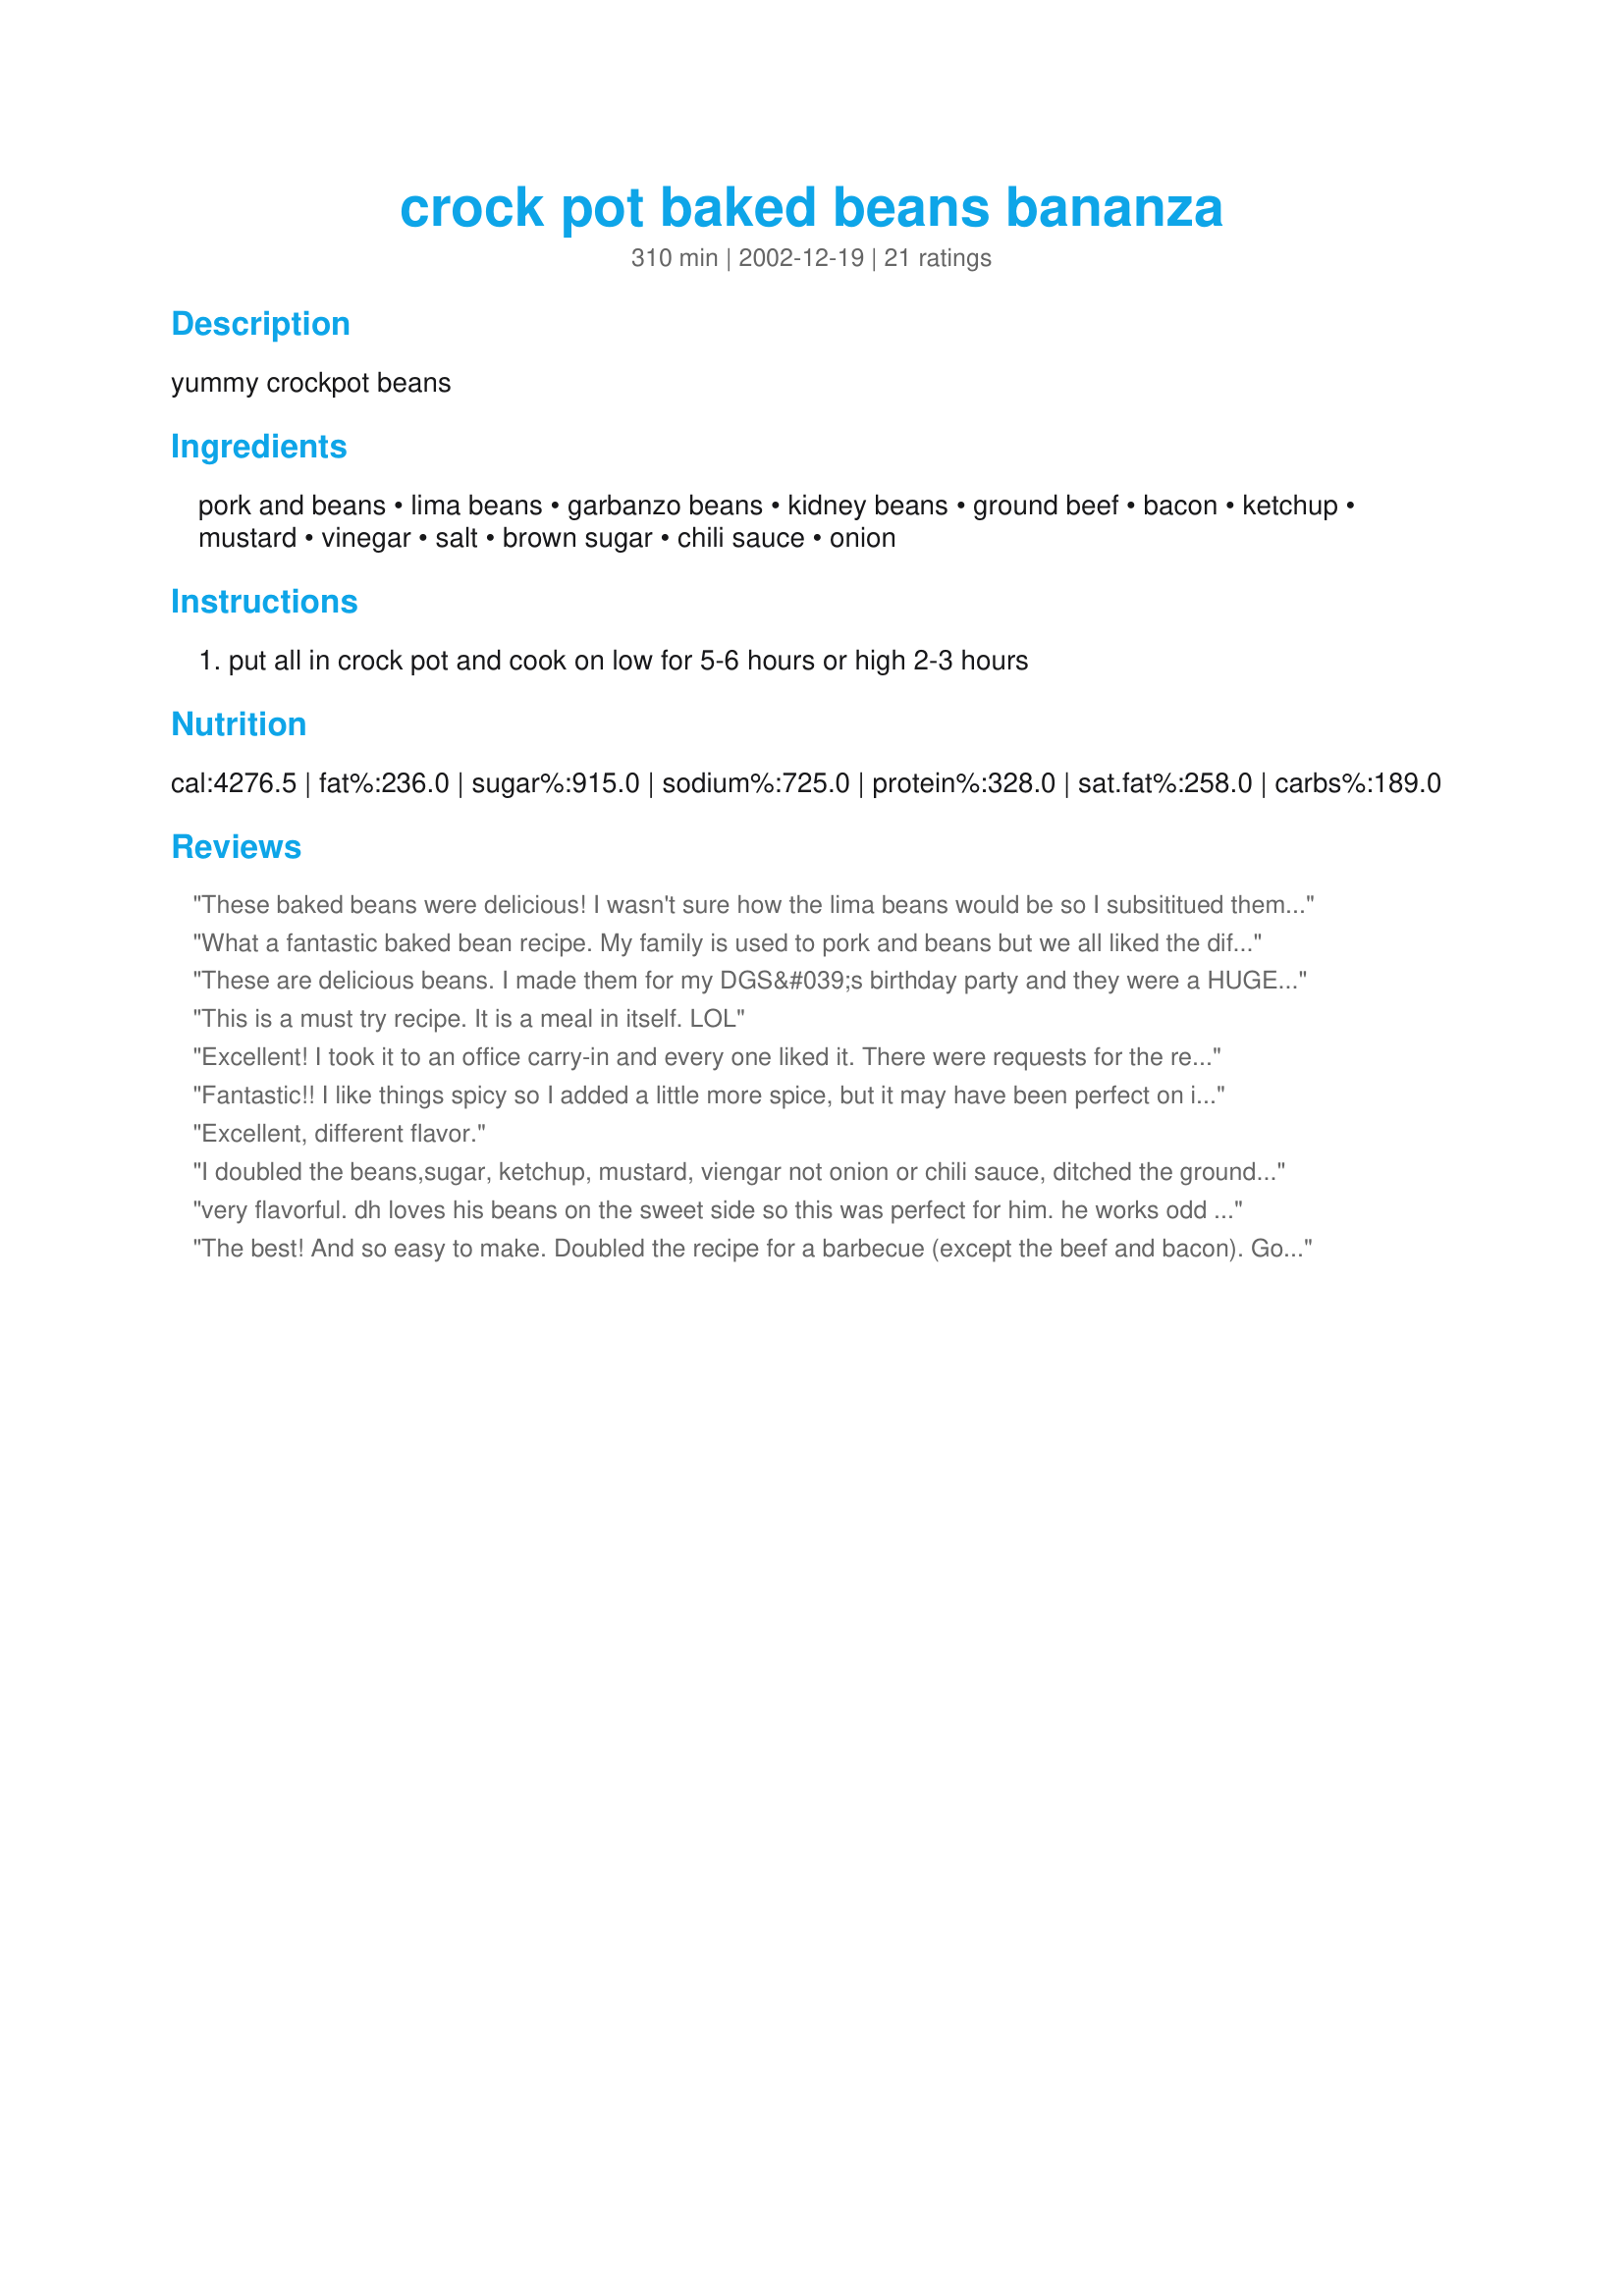
crock pot baked beans bananza
Preparation time: 310 minutes

yummy crockpot beans

Ingredients:
pork and beans, lima beans, garbanzo beans, kidney beans, ground beef, bacon, ketchup, mustard, vinegar, salt, brown sugar, chili sauce, onion

Steps:
put all in crock pot and cook on low for 5-6 hours or high 2-3 hours

Reviews:
These baked beans were delicious! I wasn't sure how the lima beans would be so I subsititued them with another can of pork and beans. I also did not have chili sauce so substituted 1/2 a cup of hot sauce and 1/2 a cup of BBQ sauce and added a dash of both cinnamon and all spice. They turned out amazing! Were slightly spicy with the hot sauce but a good spice. If you are preparing this dish for kids, I would half the amount of hot sauce you add. Again, delicious! Can't wait to make these again!
What a fantastic baked bean recipe. My family is used to pork and beans but we all liked the different kinds of beans mixed together. A yummy blend of flavors in the sauce. Super easy to make and saves your oven for cooking other things. I am going to make this again for Super Bowl Sunday along with BBQ brisket. Thanks Diggy.
These are delicious beans. I made them for my DGS&#039;s birthday party and they were a HUGE hit. the bacon and the beef make this dish hearty and filling. I especially like the garbanzo beans in this.
This is a must try recipe. It is a meal in itself. LOL
Excellent! I took it to an office carry-in and every one liked it. There were requests for the recipe and I told them where to find it on the internet. I did not drain the cans of beans, and I used Pinto Beans instead of Garbanzo Beans. I could not find the Chile Sauce at the store, so I used the Chile Sauce recipe. It was very good also.
Fantastic!! I like things spicy so I added a little more spice, but it may have been perfect on its own. I took it into work for a pot luck---it was a hit. Many people commented that they did not care for several of these beans alone-- but they couldn't get enough cooked this way. I had to print off the recipe for several co- workers (just so they would let me leave). I will make this again. Sweet and spicy all rolled into one. Good recipe.
Excellent, different flavor.
I doubled the beans,sugar, ketchup, mustard, viengar not onion or chili sauce, ditched the ground beef,only added a few strips of bacon fried and crumbled and I thought they were very tasty. Everyone seemed to really enjoy them at my get together. A real keeper! UPDATE:they get even better when they sit overnight and are reheated. This is a great recipe. If you add the beef then you would have a meal in one! Thanks!!
very flavorful. dh loves his beans on the sweet side so this was perfect for him. he works odd hours and it makes a great "warm up anytime" meal for him. thank you for this great recipe.
The best! And so easy to make.
Doubled the recipe for a barbecue
(except the beef and bacon). God many favorable remarks and a couple of requests for the recipe.
Thankyou!
Heavenly!
These beans are incredible! I had no lima beans, so I used two cans of the pork & beans. Everything else was as directed. So easy and so tasty! I will be making these for lots of potlucks and cookouts. Thanks!
Sorry--I forgot to add the stars to my review.
LOVE these - SO easy, SO quick - &amp; SO delicious! A perfect picnic addition! Thanks for sharing! This is a 'keeper!'
This is a great recipe. The combination of BBQ and sweet is mouth watering. The comment that it can be made in the oven is very helpful too. I will keep the ingredients on hand to make for drop in company. Thanks Diggy
I love beans and usually do them from "scratch". There was nothing wrong with the canned beans in this recipe. I did add some garlic, Worcestershire, tabasco and liquid smoke though. Great meal served over toast. Thanks Diggy
This dish was awesome!! Even the non-bean eaters ate it!! I used two 11-oz. cans of pork n' beans and wasn't sure about draining the canned beans, but did it anyway. Sweet n' tangy. Super easy. Wonderful. Thanks much!!!
Have been making this for years as "Calico Beans" and you can do it in the oven too. About 45 min. at 350.
Yes, drain the beans.
Wonderful bean dish! Add a salad and you're done! The ease and flavour of this recipe send it straight to my "beans" cookbook.I made some minor adjustments out of necessity: substituted black beans for the lima, used a bit of barbecue sauce to top up the chili sauce, reduced the sugar to 1/2 cup, and switched the ratio of ground beef and bacon, using more ground beef. It seems like a lot of changes but I think they were minor changes and didn't change the flavour. Love the mustard and vinegar! Thanks for a keeper, Miss Diggy!
Loved the combination of beans and meats but thought this was too sweet for our tastes. I put in half the sugar and twice the mustard for a bit more bite. Very easy to do in the crockpot.
I have been making this dish for years, both in the oven and crock pot - either way it turns out great. Have also heard this called Rancho Baked Beans and Old Settlers' Baked Beans but no matter what you call it, it is always a hit. I prefer it with the beans drained (except the pork and beans - I use the juice with those). With the burger and bacon, this is definitely a meal in itself - wonderful "cowboy food!" If you're lucky enough to have any leftovers, this dish reheats beautifully and actually tastes even better the next day.
